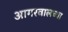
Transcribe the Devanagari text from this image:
आगरवालच्या